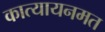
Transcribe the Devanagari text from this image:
कात्यायनमत